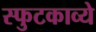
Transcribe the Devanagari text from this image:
स्फुटकाव्ये